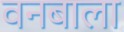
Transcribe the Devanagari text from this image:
वनबाला